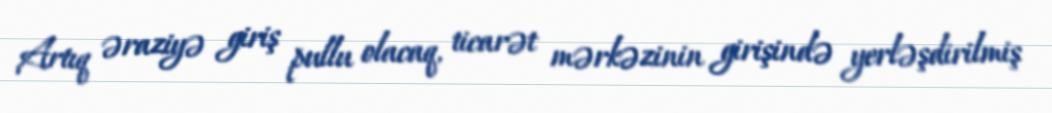
Artıq əraziyə giriş pullu olacaq, ticarət mərkəzinin girişində yerləşdirilmiş